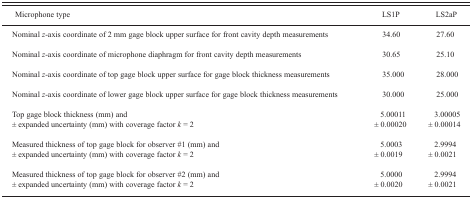
<table><thead><tr><td><b>Microphone type</b></td><td><b>LS1P</b></td><td><b>LS2aP</b></td></tr></thead><tbody><tr><td>Nominal <i>z</i>-axis coordinate of 2 mm gage block upper surface for front cavity depth measurements</td><td>34.60</td><td>27.60</td></tr><tr><td>Nominal <i>z</i>-axis coordinate of microphone diaphragm for front cavity depth measurements</td><td>30.65</td><td>25.10</td></tr><tr><td>Nominal <i>z</i>-axis coordinate of top gage block upper surface for gage block thickness measurements</td><td>35.000</td><td>28.000</td></tr><tr><td>Nominal <i>z</i>-axis coordinate of lower gage block upper surface for gage block thickness measurements</td><td>30.000</td><td>25.000</td></tr><tr><td>Top gage block thickness (mm) and ± expanded uncertainty (mm) with coverage factor <i>k</i> = 2</td><td>5.00011 ± 0.00020</td><td>3.00005 ± 0.00014</td></tr><tr><td>Measured thickness of top gage block for observer #1 (mm) and ± expanded uncertainty (mm) with coverage factor <i>k</i> = 2</td><td>5.0003 ± 0.0019</td><td>2.9994 ± 0.0021</td></tr><tr><td>Measured thickness of top gage block for observer #2 (mm) and ± expanded uncertainty (mm) with coverage factor <i>k</i> = 2</td><td>5.0000 ± 0.0020</td><td>2.9994 ± 0.0021</td></tr></tbody></table>